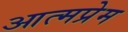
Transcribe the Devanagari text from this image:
आत्मप्रेम